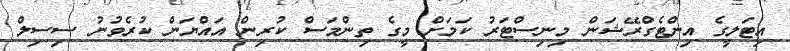
އިޓަލީގެ އިންޓެގްރޭޝަން މިނިސްޓަރު ކަމަށް މީގެ ތިންމަސް ކުރިން އައްޔަން ކުރެވުނު ސިސިލް